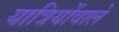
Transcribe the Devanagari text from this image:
यात्रियोंवाले